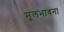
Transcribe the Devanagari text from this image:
मूलभावना